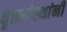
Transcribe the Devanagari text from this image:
वृत्तसंस्थांनी